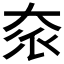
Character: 𡘎